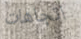
اتجاهات